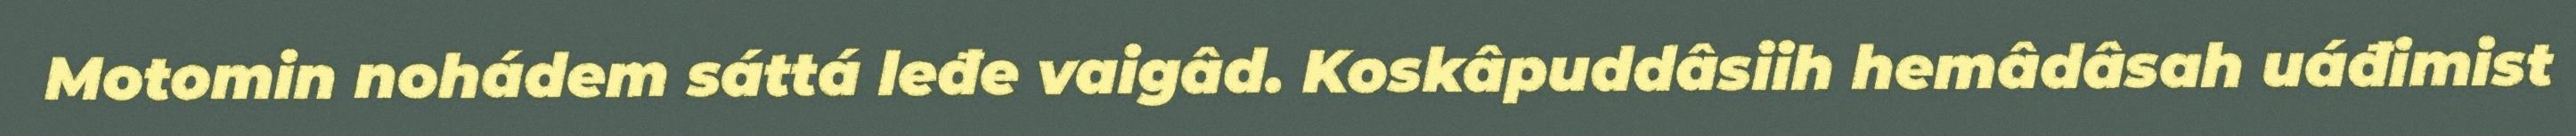
Motomin nohádem sáttá leđe vaigâd. Koskâpuddâsiih hemâdâsah uáđimist